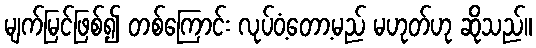
မျက်မြင်ဖြစ်၍ တစ်ကြောင်း လုပ်ဝံ့တော့မည် မဟုတ်ဟု ဆိုသည်။